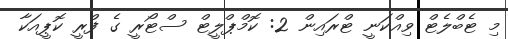
މި ޓެބްލެޓް ވިއްކަނީ ޓްރައިން 2: ކޮމްޕްލީޓް ސްޓޯރީ ގެ ފްރީ ކޮޕީއަކާ